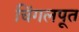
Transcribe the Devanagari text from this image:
चिंगलपूत